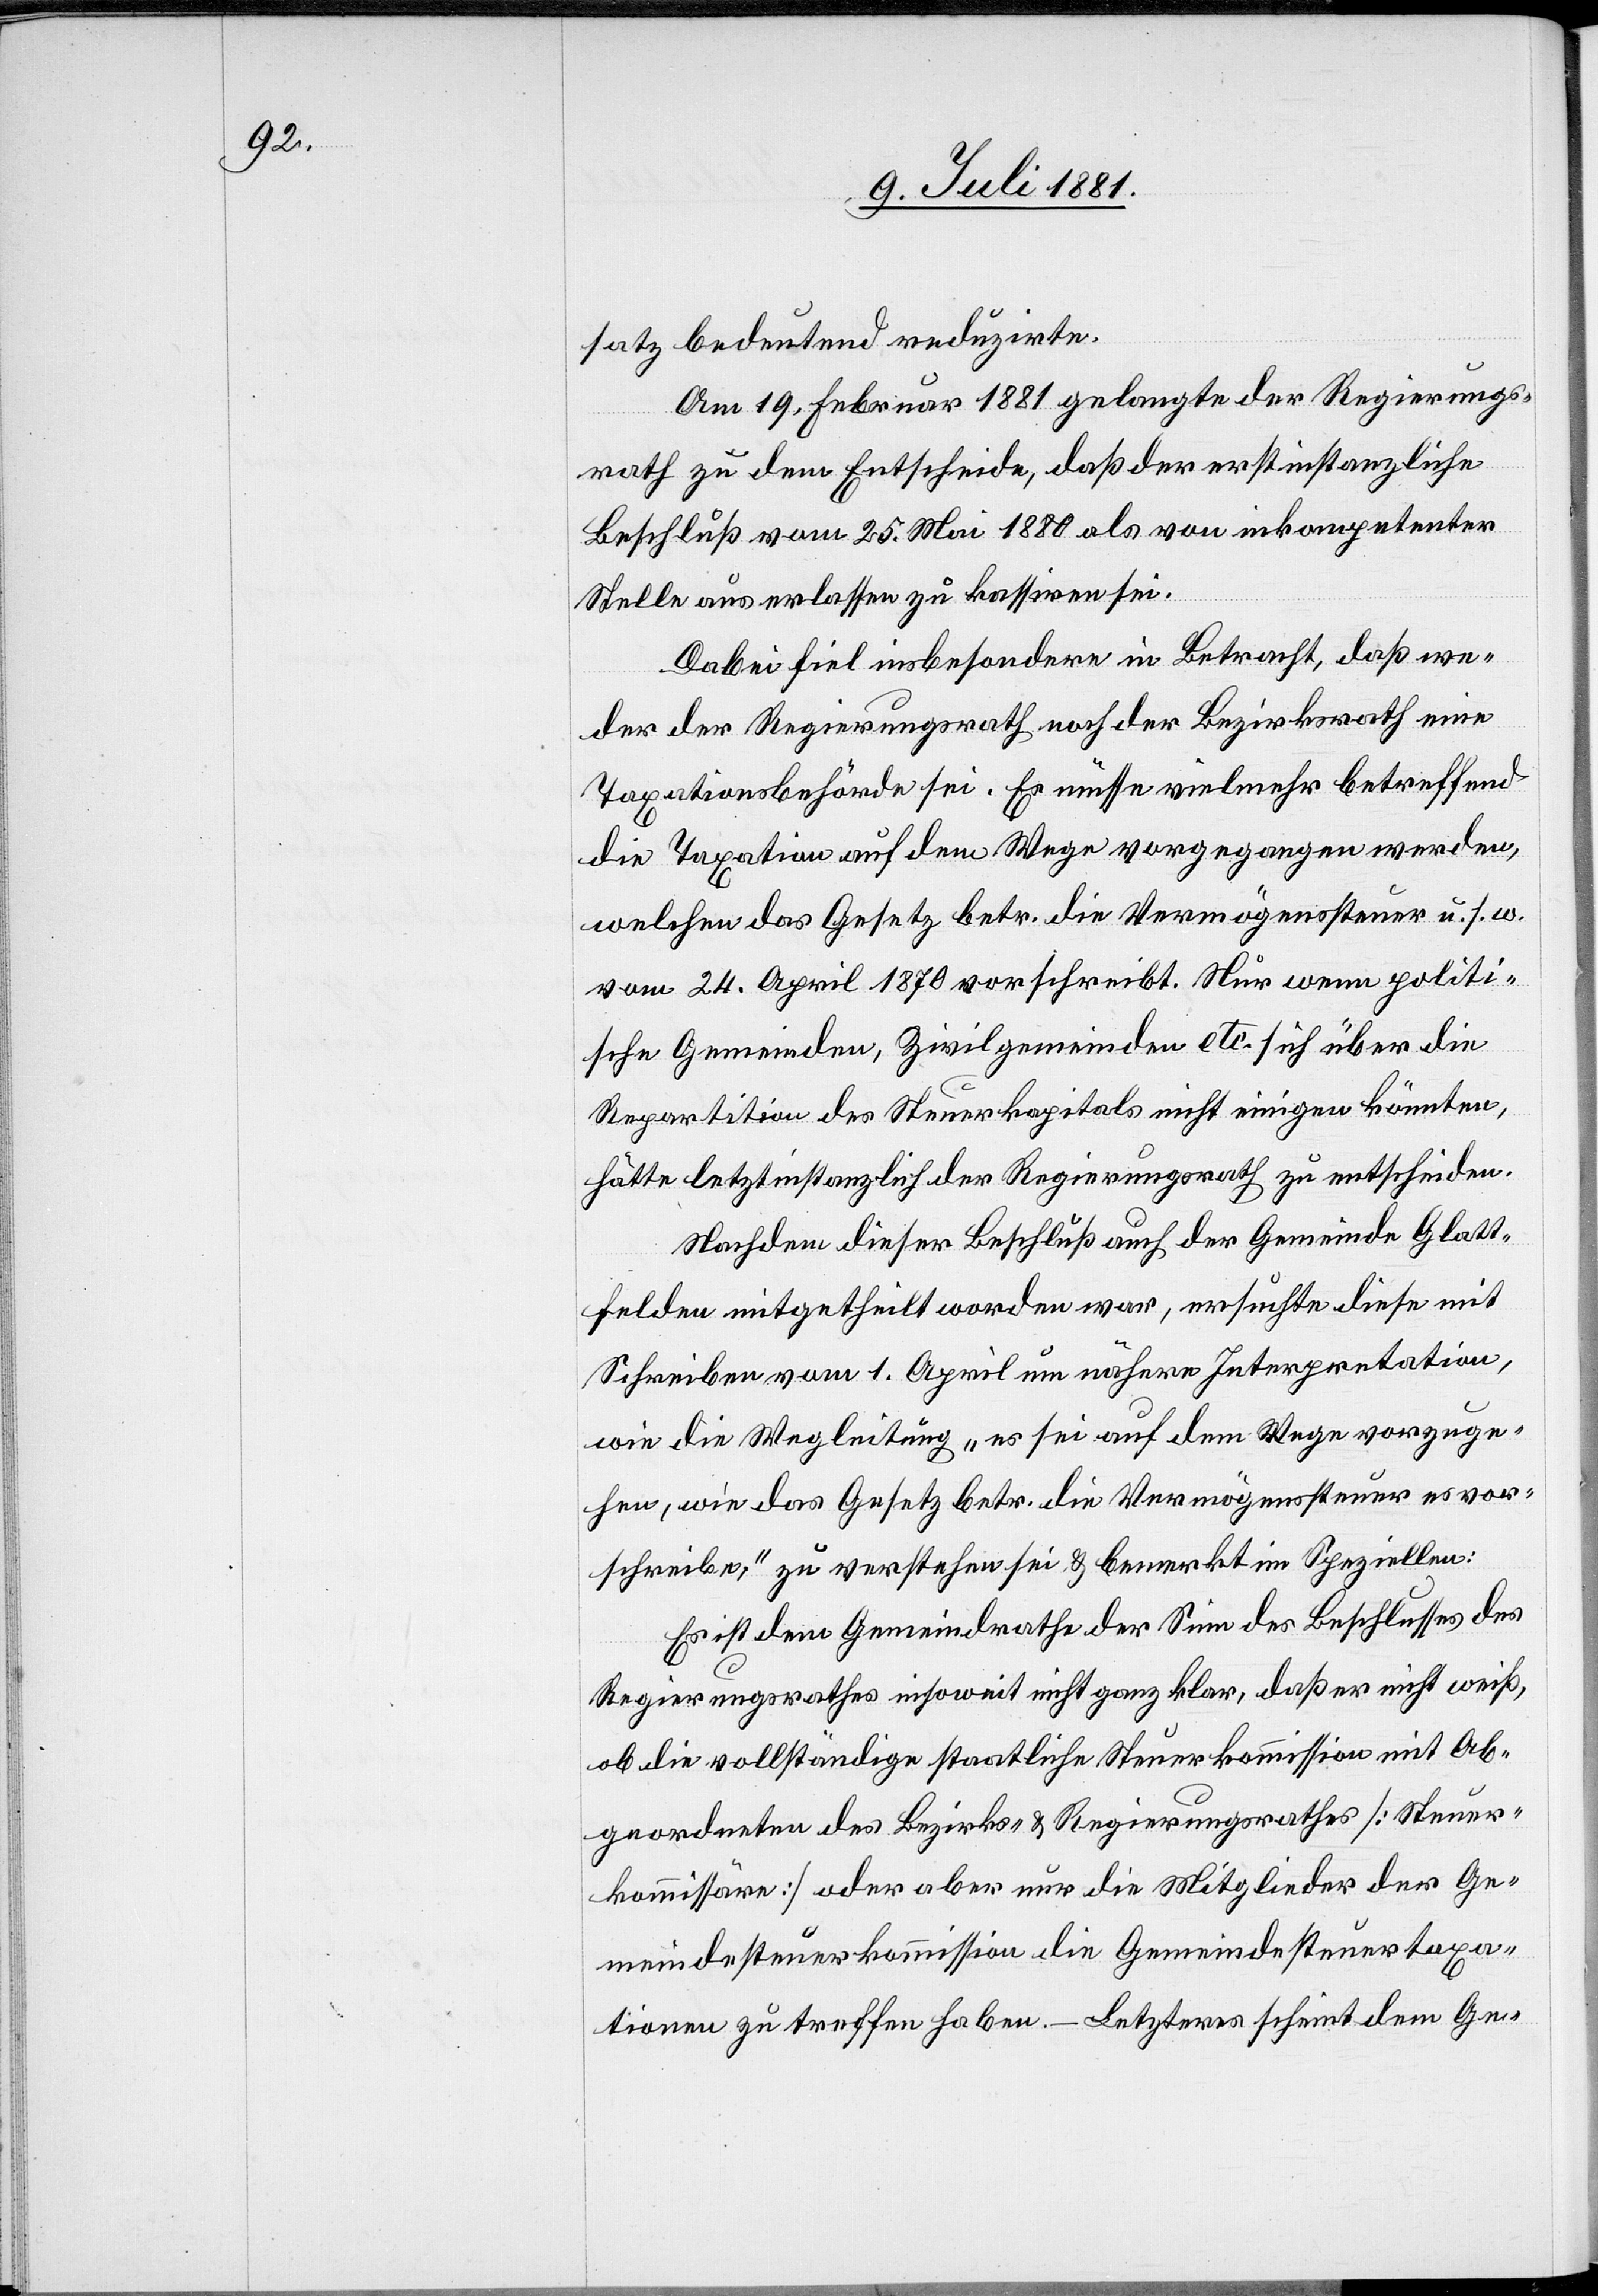
satz bedeutend reduzirte.
Am 19. Februar 1881 gelangte der Regierungs¬
rath zu dem Entscheide, daß der erstinstanzliche
Beschluß vom 25. Mai 1880 als von inkompetenter
Stelle aus erlassen zu kassiren sei.
Dabei fiel insbesondere in Betracht, daß we¬
der der Regierungsrath noch der Bezirksrath eine
Taxationsbehörde sei. Es müsse vielmehr betreffend
die Taxation auf dem Wege vorgegangen werden,
welchen das Gesetz betr. die Vermögenssteuer u. s. w.
vom 24. April 1870 vorschreibt. Nur wenn politi¬
sche Gemeinden, Zivilgemeinden etc. sich über die
Reparation des Steuerkapitals nicht einigen könnten,
hätte letztinstanzlich der Regierungsrath zu entscheiden.
Nachdem dieser Beschluß auch der Gemeinde Glatt¬
felden mitgetheilt worden war, ersuchte diese mit
Schreiben vom 1. April um nähere Interpretation,
wie die Wegleitung „es sei auf dem Wege vorzuge¬
hen, wie das Gesetz betr. die Vermögenssteuer es vor¬
schreibe,“ zu verstehen sei & bemerkt im Speziellen:
Es ist dem Gemeindrath der Sinn des Beschlusses des
Regierungsrathes insoweit nicht ganz klar, daß er nicht weiß,
ob die vollständige staatliche Steuerkommission mit Ab¬
geordneten des Bezirks- & Regierungsrathes [Steuer¬
kommission] oder aber nur die Mitglieder der Ge¬
meindesteuerkommission die Gemeindesteuertaxa¬
tion zu treffen haben. – Letzteres scheint dem Ge-